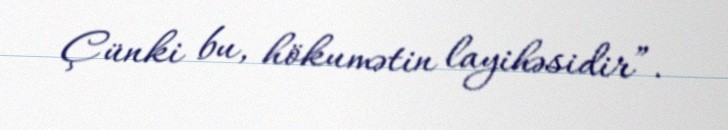
Çünki bu, hökumətin layihəsidir”.